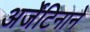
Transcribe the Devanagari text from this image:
अर्जेंटिनाने